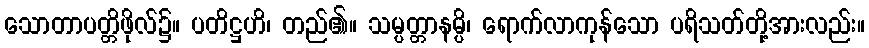
သောတာပတ္တိဖိုလ်၌။ ပတိဋ္ဌဟိ၊ တည်၏။ သမ္ပတ္တာနမ္ပိ၊ ရောက်လာကုန်သော ပရိသတ်တို့အားလည်း။